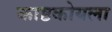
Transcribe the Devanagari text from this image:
काष्ठकोयला